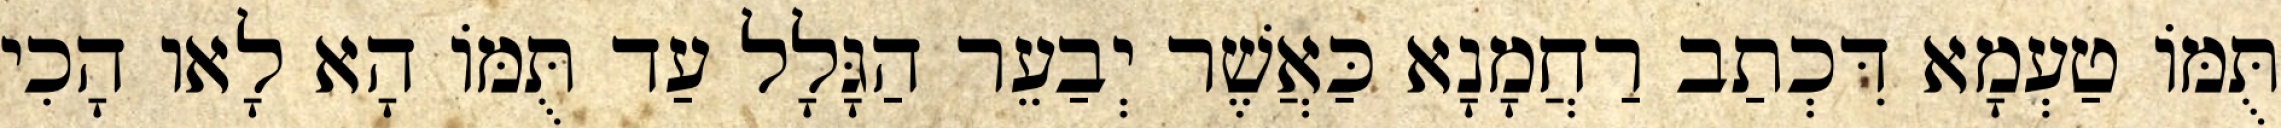
תֻּמּוֹ טַעְמָא דִּכְתַב רַחֲמָנָא כַּאֲשֶׁר יְבַעֵר הַגָּלָל עַד תֻּמּוֹ הָא לָאו הָכִי